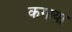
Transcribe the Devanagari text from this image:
कगाया